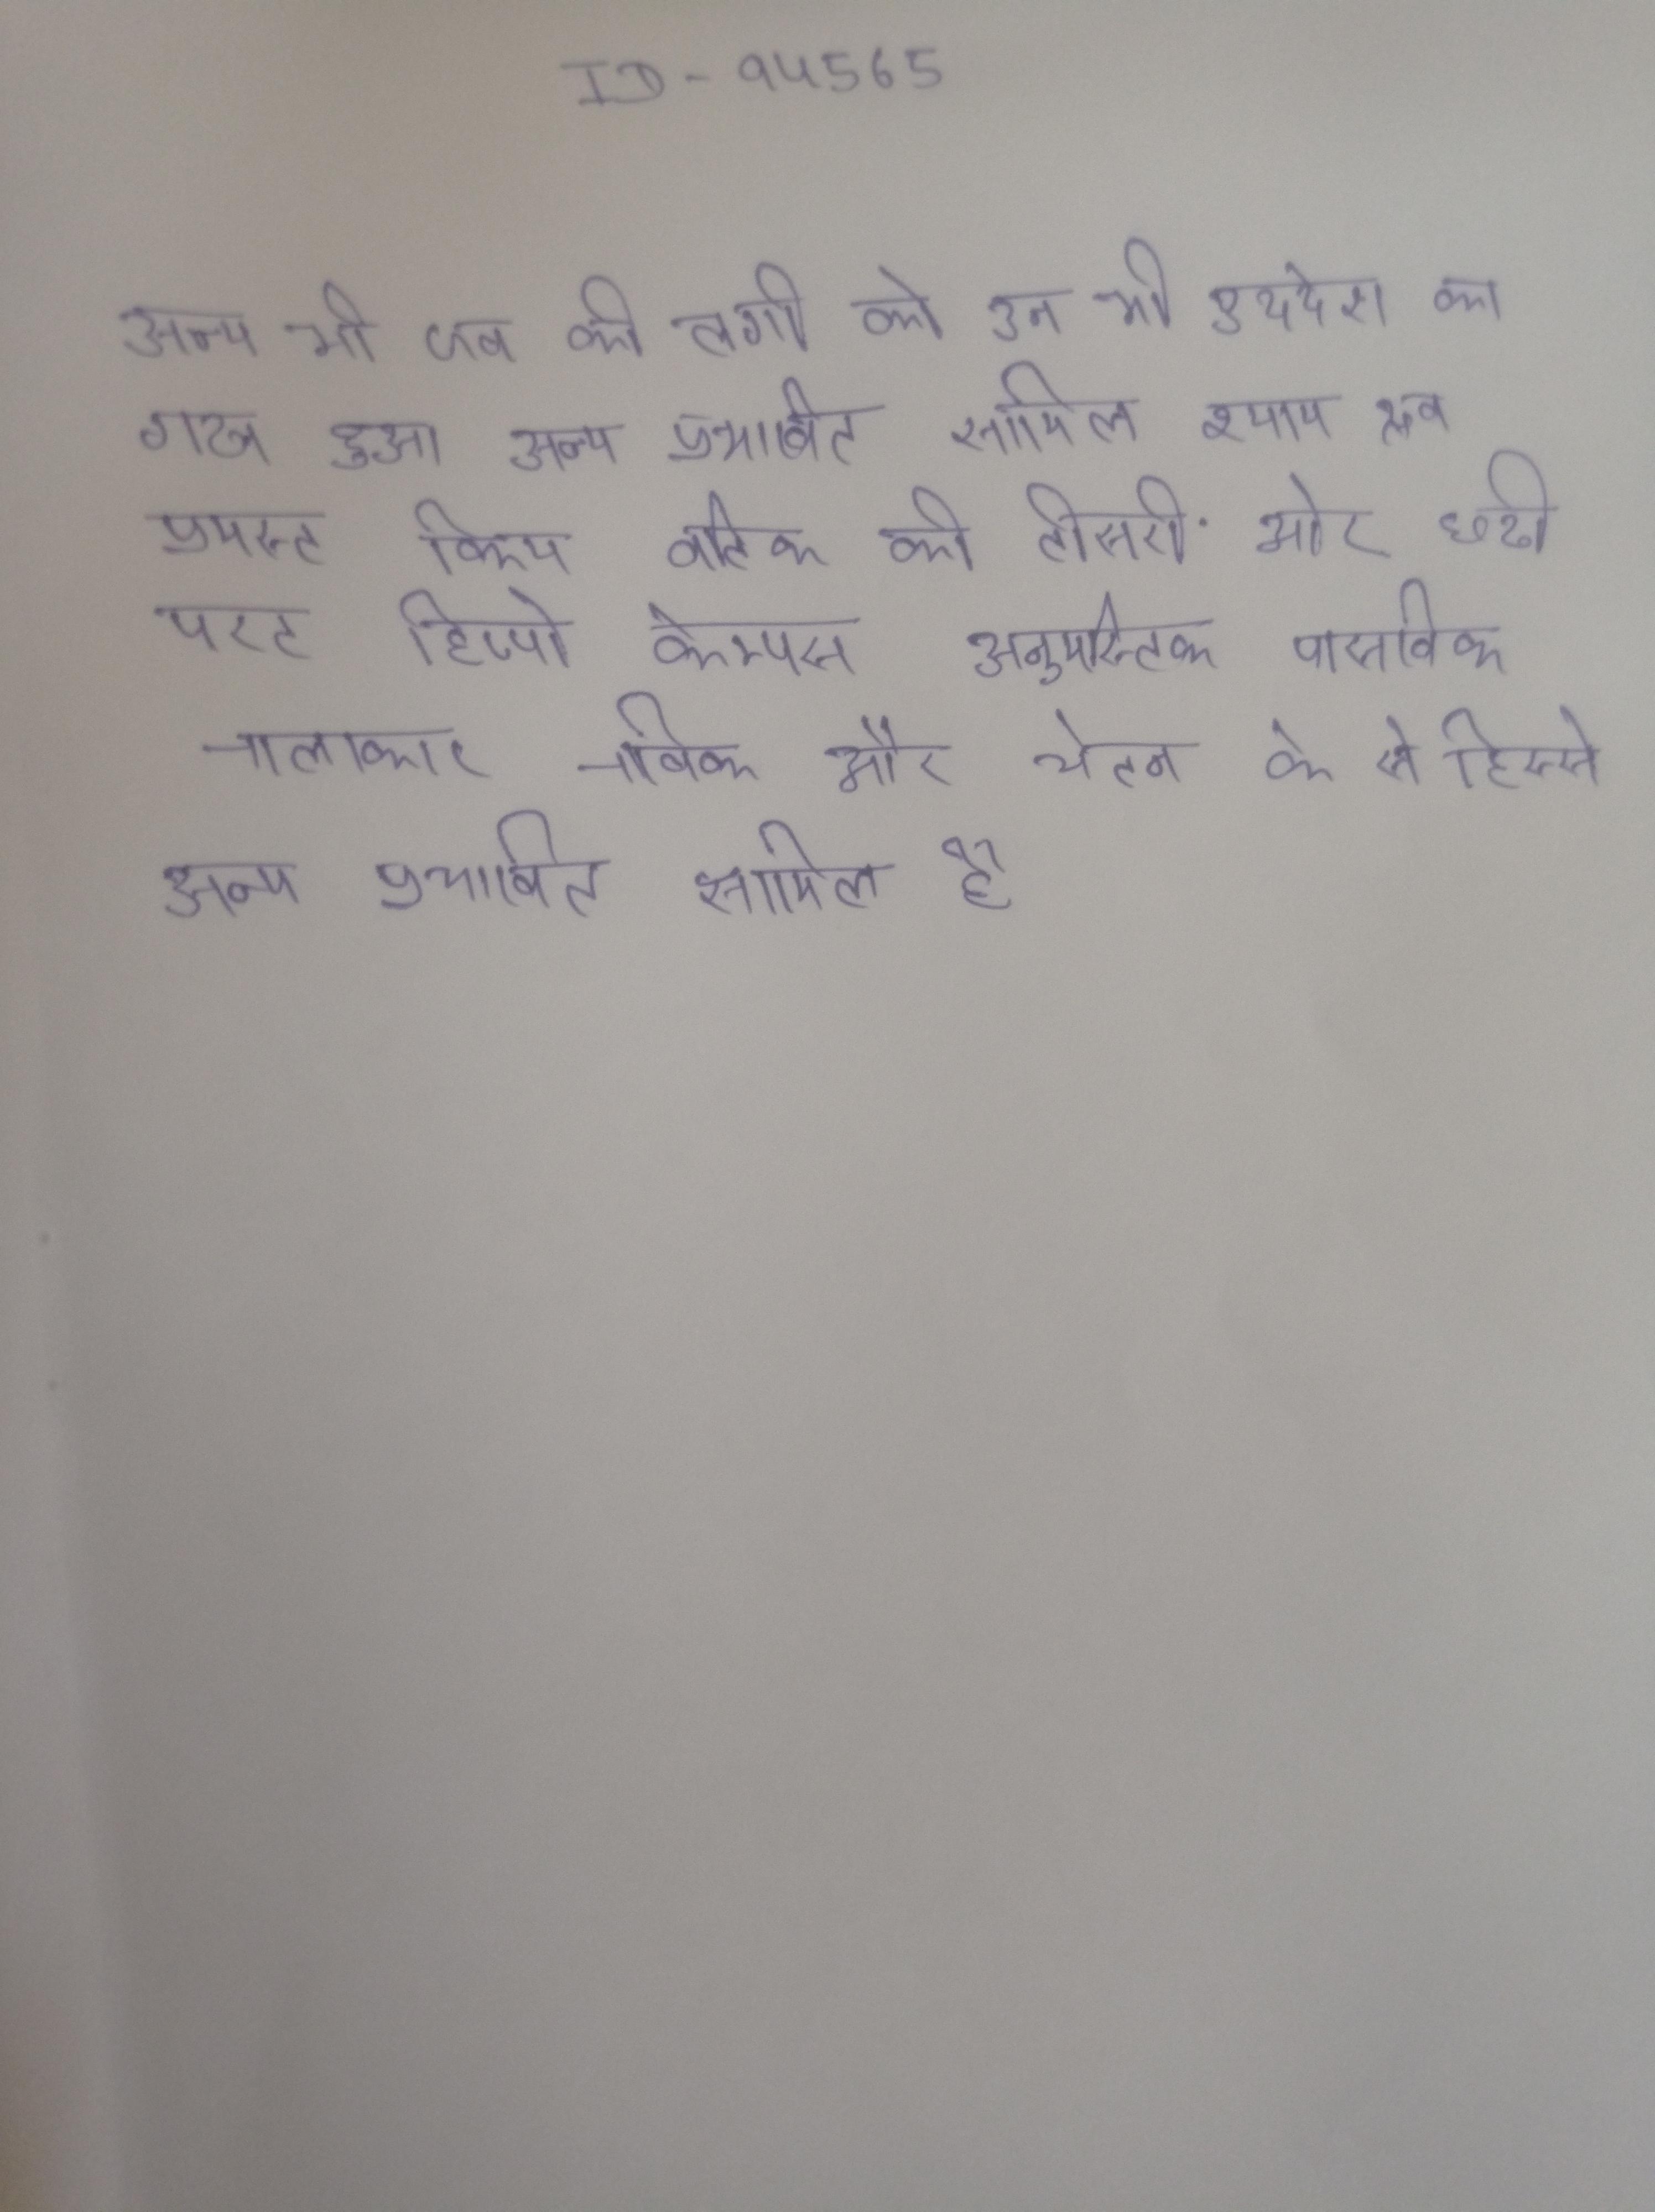
अन्य भी जब की लगी तो उन भी प्रदेश का गठन हुआ । अन्य प्रभावित शामिल श्याम द्रव्य, प्रमस्तिष्कीय वल्क की तीसरी, और छठी परत, हिप्पोकैम्पस, अनुमस्तिष्क की पार्श्विक नलाकार नाभिक और चेतक के हिस्से . अन्य प्रभावी शामिल और .